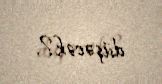
düşəcək?.